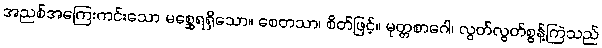
အညစ်အကြေးကင်းသော မစ္ဆေရရှိသော။ စေတသာ၊ စိတ်ဖြင့်။ မုတ္တစာဂေါ၊ လွတ်လွတ်စွန့်ကြဲသည်